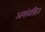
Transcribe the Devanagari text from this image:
असंबद्धित